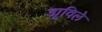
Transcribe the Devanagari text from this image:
ड्यूविले